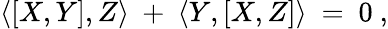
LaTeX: \langle\left[X,Y\right],Z\rangle\ +\ \langle Y,\left[X,Z\right]\rangle\ =\ 0\ ,